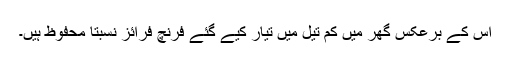
اس کے برعکس گھر میں کم تیل میں تیار کیے گئے فرنچ فرائز نسبتاً محفوظ ہیں۔